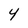
Character: 4